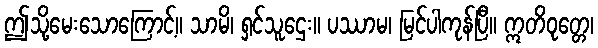
ဤသို့မေးသောကြောင့်။ သာမိ၊ ရှင်သူဌေး။ ပဿာမ၊ မြင်ပါကုန်ပြီ။ ဣတိဝုတ္တေ၊